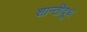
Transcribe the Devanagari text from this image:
शान्तीदूध